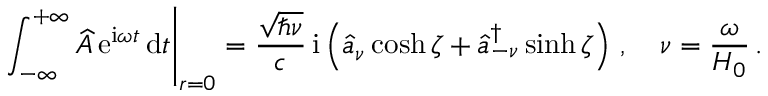
\left. \int _ { - \infty } ^ { + \infty } \widehat { A } \, \mathrm { e } ^ { \mathrm { i } \omega t } \, \mathrm { d } t \right| _ { r = 0 } = \frac { \sqrt { \hbar \nu } } { c } \, \mathrm { i } \left( \widehat { a } _ { \nu } \cosh \zeta + \widehat { a } _ { - \nu } ^ { \dagger } \sinh \zeta \right) \, , \quad \nu = \frac { \omega } { H _ { 0 } } \, .